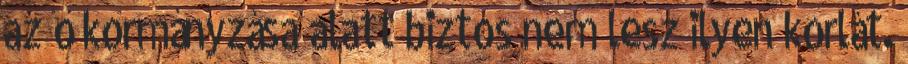
az ő kormányzása alatt biztos nem lesz ilyen korlát.